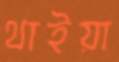
থাইয়া